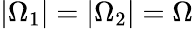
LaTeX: |\Omega_{1}|=|\Omega_{2}|=\Omega